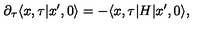
\partial _ { \tau } \langle x , \tau \vert x ^ { \prime } , 0 \rangle = - \langle x , \tau \vert H \vert x ^ { \prime } , 0 \rangle ,